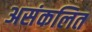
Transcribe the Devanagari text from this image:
असंकलित